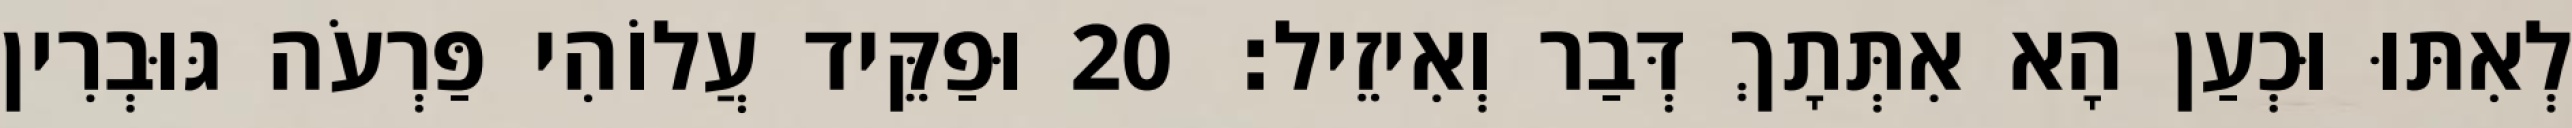
לְאִתּוּ וּכְעַן הָא אִתְּתָךְ דְּבַר וְאִיזֵיל׃ 20 וּפַקֵּיד עֲלוֹהִי פַּרְעֹה גּוּבְרִין